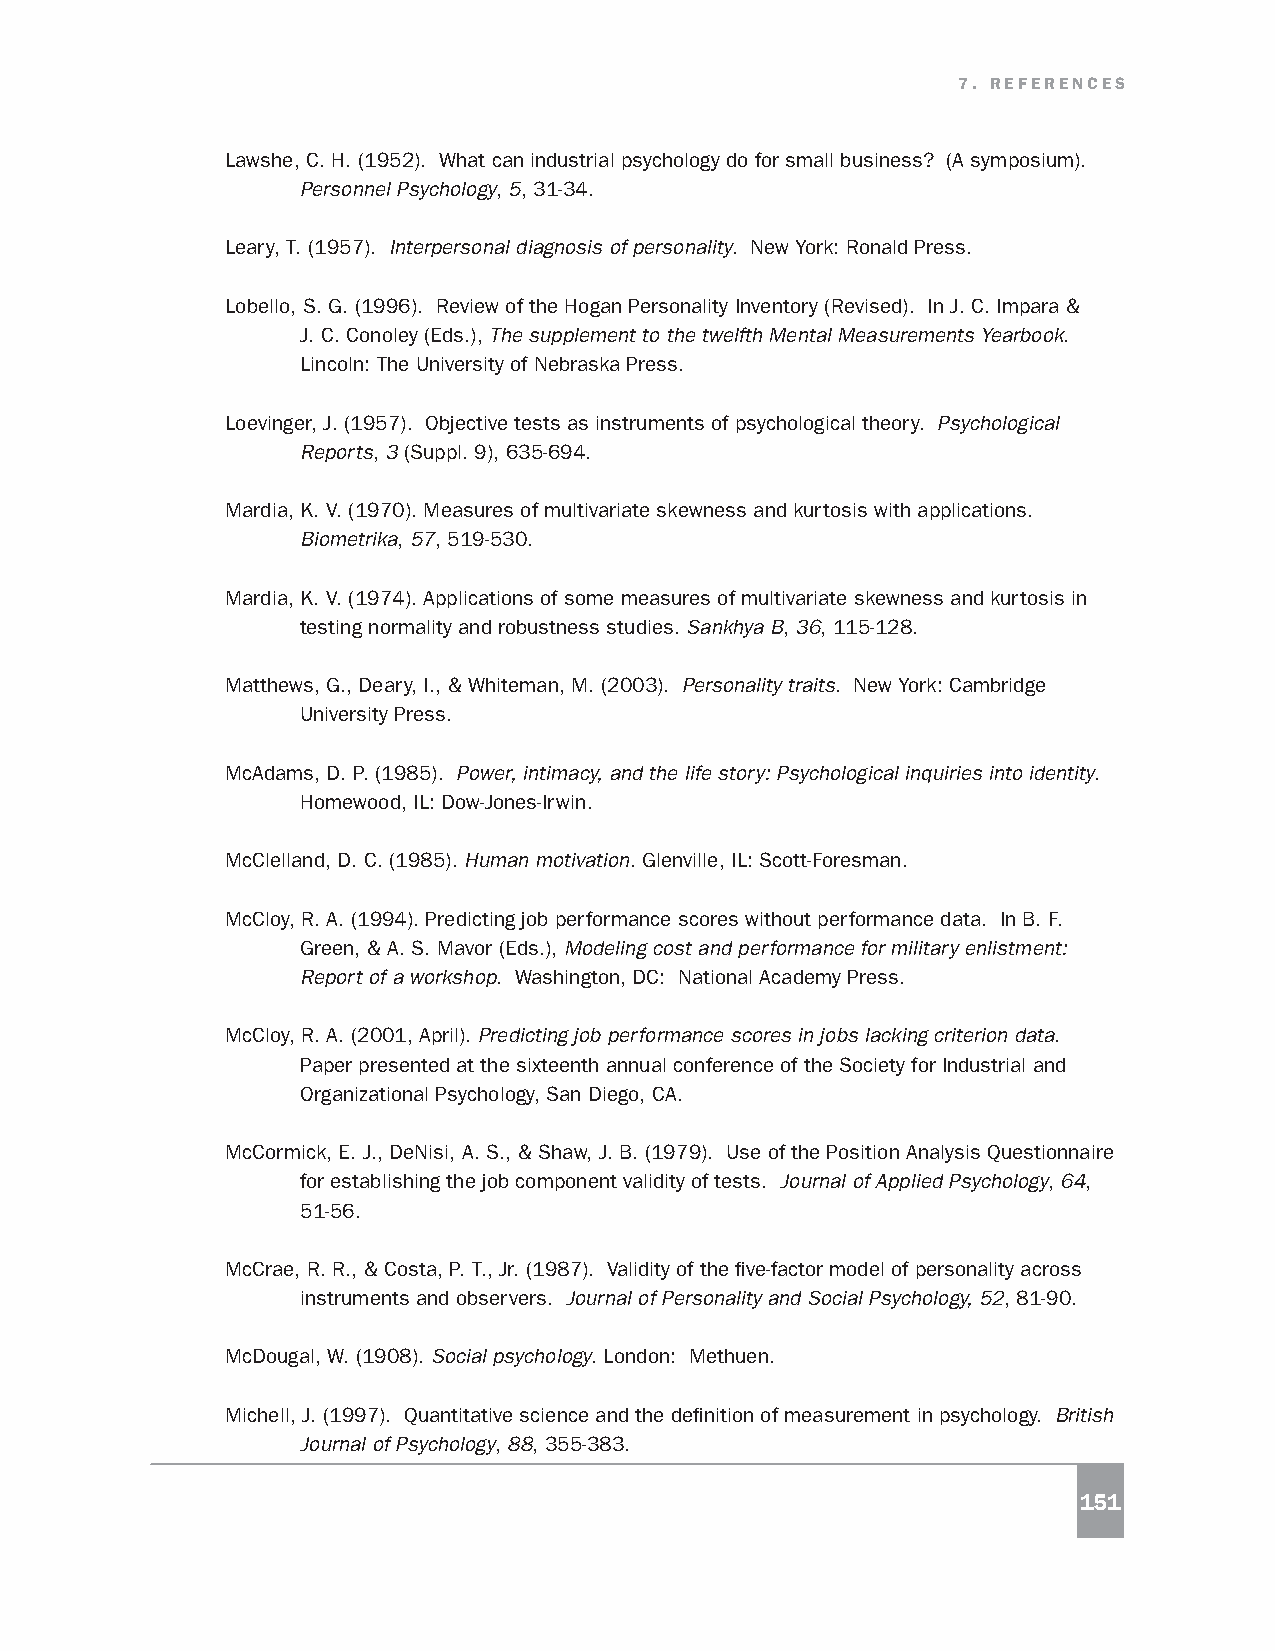
7. REFERENCES
 Lawshe, C. H. (1952). What can industrial psychology do for small business? (A symposium).
 Personnel Psychology, 5, 31-34.
 Leary, T. (1957). Interpersonal diagnosis of personality. New York: Ronald Press.
 Lobello, S. G. (1996). Review of the Hogan Personality Inventory (Revised). In J. C. Impara &
 J. C. Conoley (Eds.), The supplement to the twelfth Mental Measurements Yearbook.
 Lincoln: The University of Nebraska Press.
 Loevinger, J. (1957). Objective tests as instruments of psychological theory. Psychological
 Reports, 3 (Suppl. 9), 635-694.
 Mardia, K. V. (1970). Measures of multivariate skewness and kurtosis with applications.
 Biometrika, 57, 519-530.
 Mardia, K. V. (1974). Applications of some measures of multivariate skewness and kurtosis in
 testing normality and robustness studies. Sankhya B, 36, 115-128.
 Matthews, G., Deary, I., & Whiteman, M. (2003). Personality traits. New York: Cambridge
 University Press.
 McAdams, D. P. (1985). Power, intimacy, and the life story: Psychological inquiries into identity.
 Homewood, IL: Dow-Jones-Irwin.
 McClelland, D. C. (1985). Human motivation. Glenville, IL: Scott-Foresman.
 McCloy, R. A. (1994). Predicting job performance scores without performance data. In B. F.
 Green, & A. S. Mavor (Eds.), Modeling cost and performance for military enlistment:
 Report of a workshop. Washington, DC: National Academy Press.
 McCloy, R. A. (2001, April). Predicting job performance scores in jobs lacking criterion data.
 Paper presented at the sixteenth annual conference of the Society for Industrial and
 Organizational Psychology, San Diego, CA.
 McCormick, E. J., DeNisi, A. S., & Shaw, J. B. (1979). Use of the Position Analysis Questionnaire
 for establishing the job component validity of tests. Journal of Applied Psychology, 64,
 51-56.
 McCrae, R. R., & Costa, P. T., Jr. (1987). Validity of the five-factor model of personality across
 instruments and observers. Journal of Personality and Social Psychology, 52, 81-90.
 McDougal, W. (1908). Social psychology. London: Methuen.
 Michell, J. (1997). Quantitative science and the definition of measurement in psychology. British
 Journal of Psychology, 88, 355-383.
 151